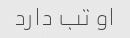
او تب دارد